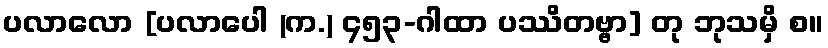
ပလာလော [ပလာပေါ (က.) ၄၅၃-ဂါထာ ပဿိတဗ္ဗာ] တု ဘုသမှိ စ။